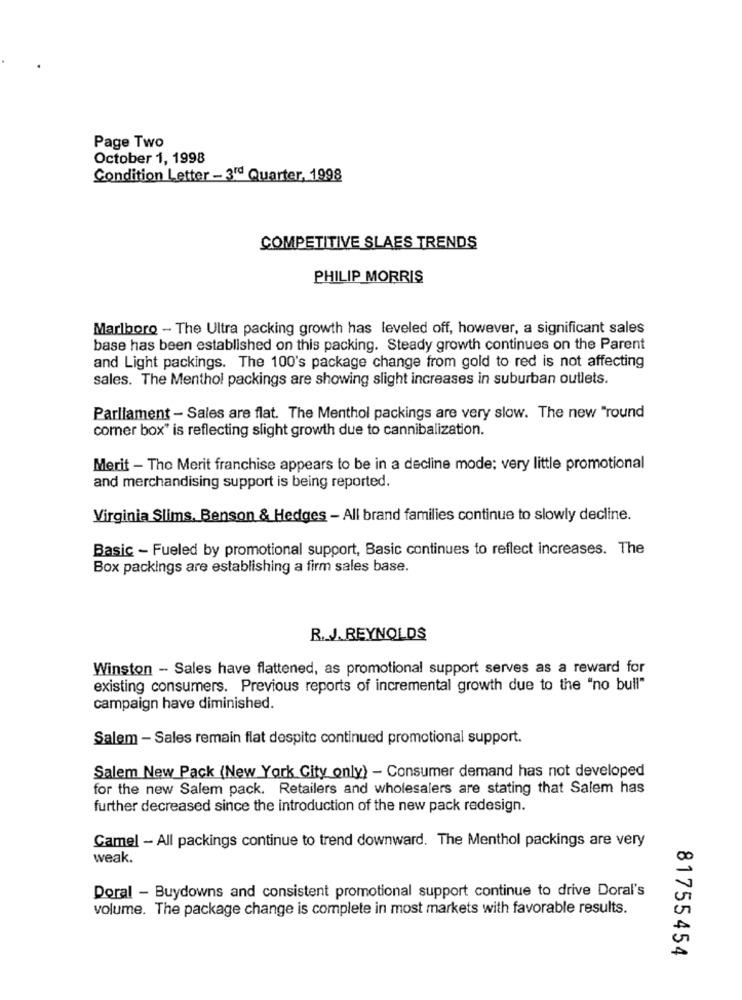
Page Two
October 1, 1998
Condition Letter - 3rd Quarter, 1998
COMPETITIVE SLAES TRENDS
PHILIP MORRIS
Marlboro - The Ultra packing growth has leveled off, however, a significant sales
base has been established on this packing. Steady growth continues on the Parent
and Light packings. The 100's package change from gold to red is not affecting
sales. The Menthol packings are showing slight increases in suburban outlets.
Parliament - Sales are flat. The Menthol packings are very slow. The new "round
comer box" is reflecting slight growth due to cannibalization.
Merit - Tho Merit franchise appears to be in a decline mode; very little promotional
and merchandising support is being reported.
Virginia Slims. Benson & Hedges - All brand families continue to slowly decline.
Basic - Fueled by promotional support, Basic continues to reflect increases. The
Box packings are establishing a firm sales base.
R. J. REYNOLDS
Winston - Sales have flattened, as promotional support serves as a reward for
existing consumers. Previous reports of incremental growth due to the "no bull"
campaign have diminished.
Salem - Sales remain flat despite continued promotional support.
Salem New Pack (New York City only) - Consumer demand has not developed
for the new Salem pack. Retailers and wholesalers are stating that Salem has
further decreased since the introduction of the new pack redesign.
Camel - All packings continue to trend downward. The Menthol packings are very
weak.
Doral - Buydowns and consistent promotional support continue to drive Doral's
volume. The package change is complete in most markets with favorable results.
81755454